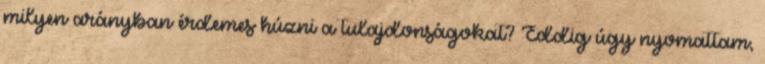
milyen arányban érdemes húzni a tulajdonságokat? Eddig úgy nyomattam,